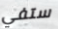
ستفي